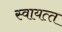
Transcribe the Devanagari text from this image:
स्‍वायत्‍त